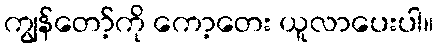
ကျွန်တော့်ကို ကော့တေး ယူလာပေးပါ။